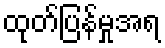
ထုတ်ပြန်မှုအရ